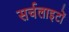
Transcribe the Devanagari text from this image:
सर्चलाइटों